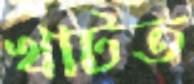
খাটত